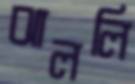
ঝাললি